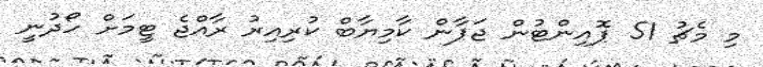
މި މެޗު 51 ޕޮއިންޓުން ޖަޕާން ކާމިޔާބް ކުރިއިރު ރާއްޖެ ޓީމަށް ހޯދުނީ